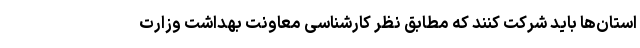
استان‌ها باید شرکت کنند که مطابق نظر کارشناسی معاونت بهداشت وزارت